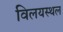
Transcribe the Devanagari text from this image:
विलयस्थल